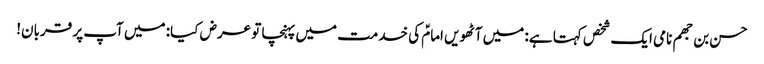
حسن بن جھم نامی ایک شخص کہتا ہے: میں آٹھویں امامؑ کی خدمت میں پہنچا تو عرض کیا: میں آپ پر قربان!